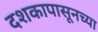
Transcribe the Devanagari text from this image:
दशकापासूनच्या